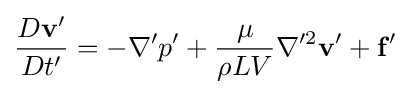
{\frac {D\mathbf {v} '}{Dt'}}=-\nabla 'p'+{\frac {\mu }{\rho LV}}\nabla '^{2}\mathbf {v} '+\mathbf {f} '